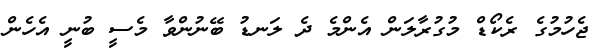
ޖެހުމުގެ ރެކޯޑް މުގުރާލަން އެންމެ ދެ ލަނޑު ބޭނުންވާ މެސީ ބުނީ އެހެން